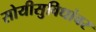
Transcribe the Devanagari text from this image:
सोयीसुविधांवर